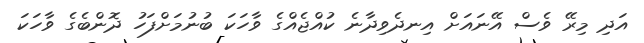
އަދި މިރޭ ވެސް އޭނައަށް އިނދެވިދާނެ ކުއްޖެއްގެ ވާހަކަ ބުނުމަށްފަހު ދޮންބެގެ ވާހަކަ